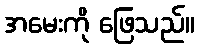
အမေးကို ဖြေသည်။